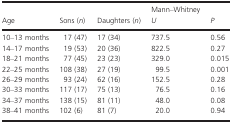
<table><thead><tr><td><b>Age</b></td><td><b>Sons (<i>n</i>)</b></td><td><b>Daughters (<i>n</i>)</b></td><td><b>Mann–Whitney <i>U</i></b></td><td><b><i>P</i></b></td></tr></thead><tbody><tr><td>10–13 months</td><td>17 (47)</td><td>17 (34)</td><td>737.5</td><td>0.56</td></tr><tr><td>14–17 months</td><td>19 (53)</td><td>20 (36)</td><td>822.5</td><td>0.27</td></tr><tr><td>18–21 months</td><td>77 (45)</td><td>23 (23)</td><td>329.0</td><td>0.015</td></tr><tr><td>22–25 months</td><td>108 (38)</td><td>27 (19)</td><td>99.5</td><td>0.001</td></tr><tr><td>26–29 months</td><td>93 (24)</td><td>62 (16)</td><td>152.5</td><td>0.28</td></tr><tr><td>30–33 months</td><td>117 (17)</td><td>75 (13)</td><td>76.5</td><td>0.16</td></tr><tr><td>34–37 months</td><td>138 (15)</td><td>81 (11)</td><td>48.0</td><td>0.08</td></tr><tr><td>38–41 months</td><td>102 (6)</td><td>81 (7)</td><td>20.0</td><td>0.94</td></tr></tbody></table>